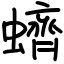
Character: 蠐